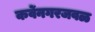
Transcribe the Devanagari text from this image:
कर्वेनगरजवळ